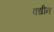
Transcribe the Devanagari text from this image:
वधीन